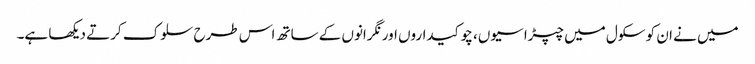
میں نے ان کو سکول میں چپڑاسیوں، چوکیداروں اور نگرانوں کے ساتھ اس طرح سلوک کرتے دیکھا ہے۔